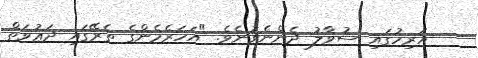
އަރިހުގައި ސުވާލު ދެންނެވުނެވެ. "އަހަރެމެންގެ ތެރޭގައި ދަޢުވަތް